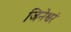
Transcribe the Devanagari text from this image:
जिनेश्वरं